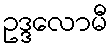
ဥဒ္ဒလောမီ